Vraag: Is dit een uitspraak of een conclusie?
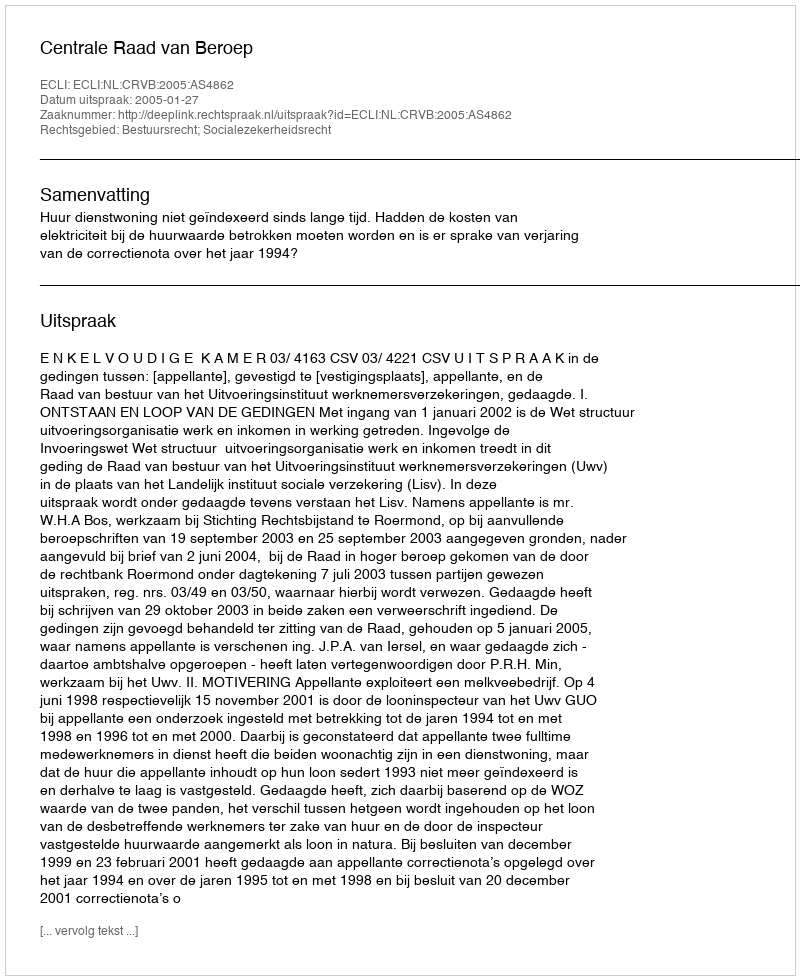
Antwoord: Uitspraak